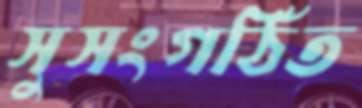
সুসংগঠিত